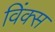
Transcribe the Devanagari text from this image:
विंक्स